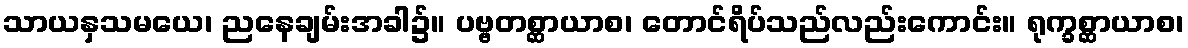
သာယနှသမယေ၊ ညနေချမ်းအခါ၌။ ပဗ္ဗတစ္ဆာယာစ၊ တောင်ရိပ်သည်လည်းကောင်း။ ရုက္ခစ္ဆာယာစ၊